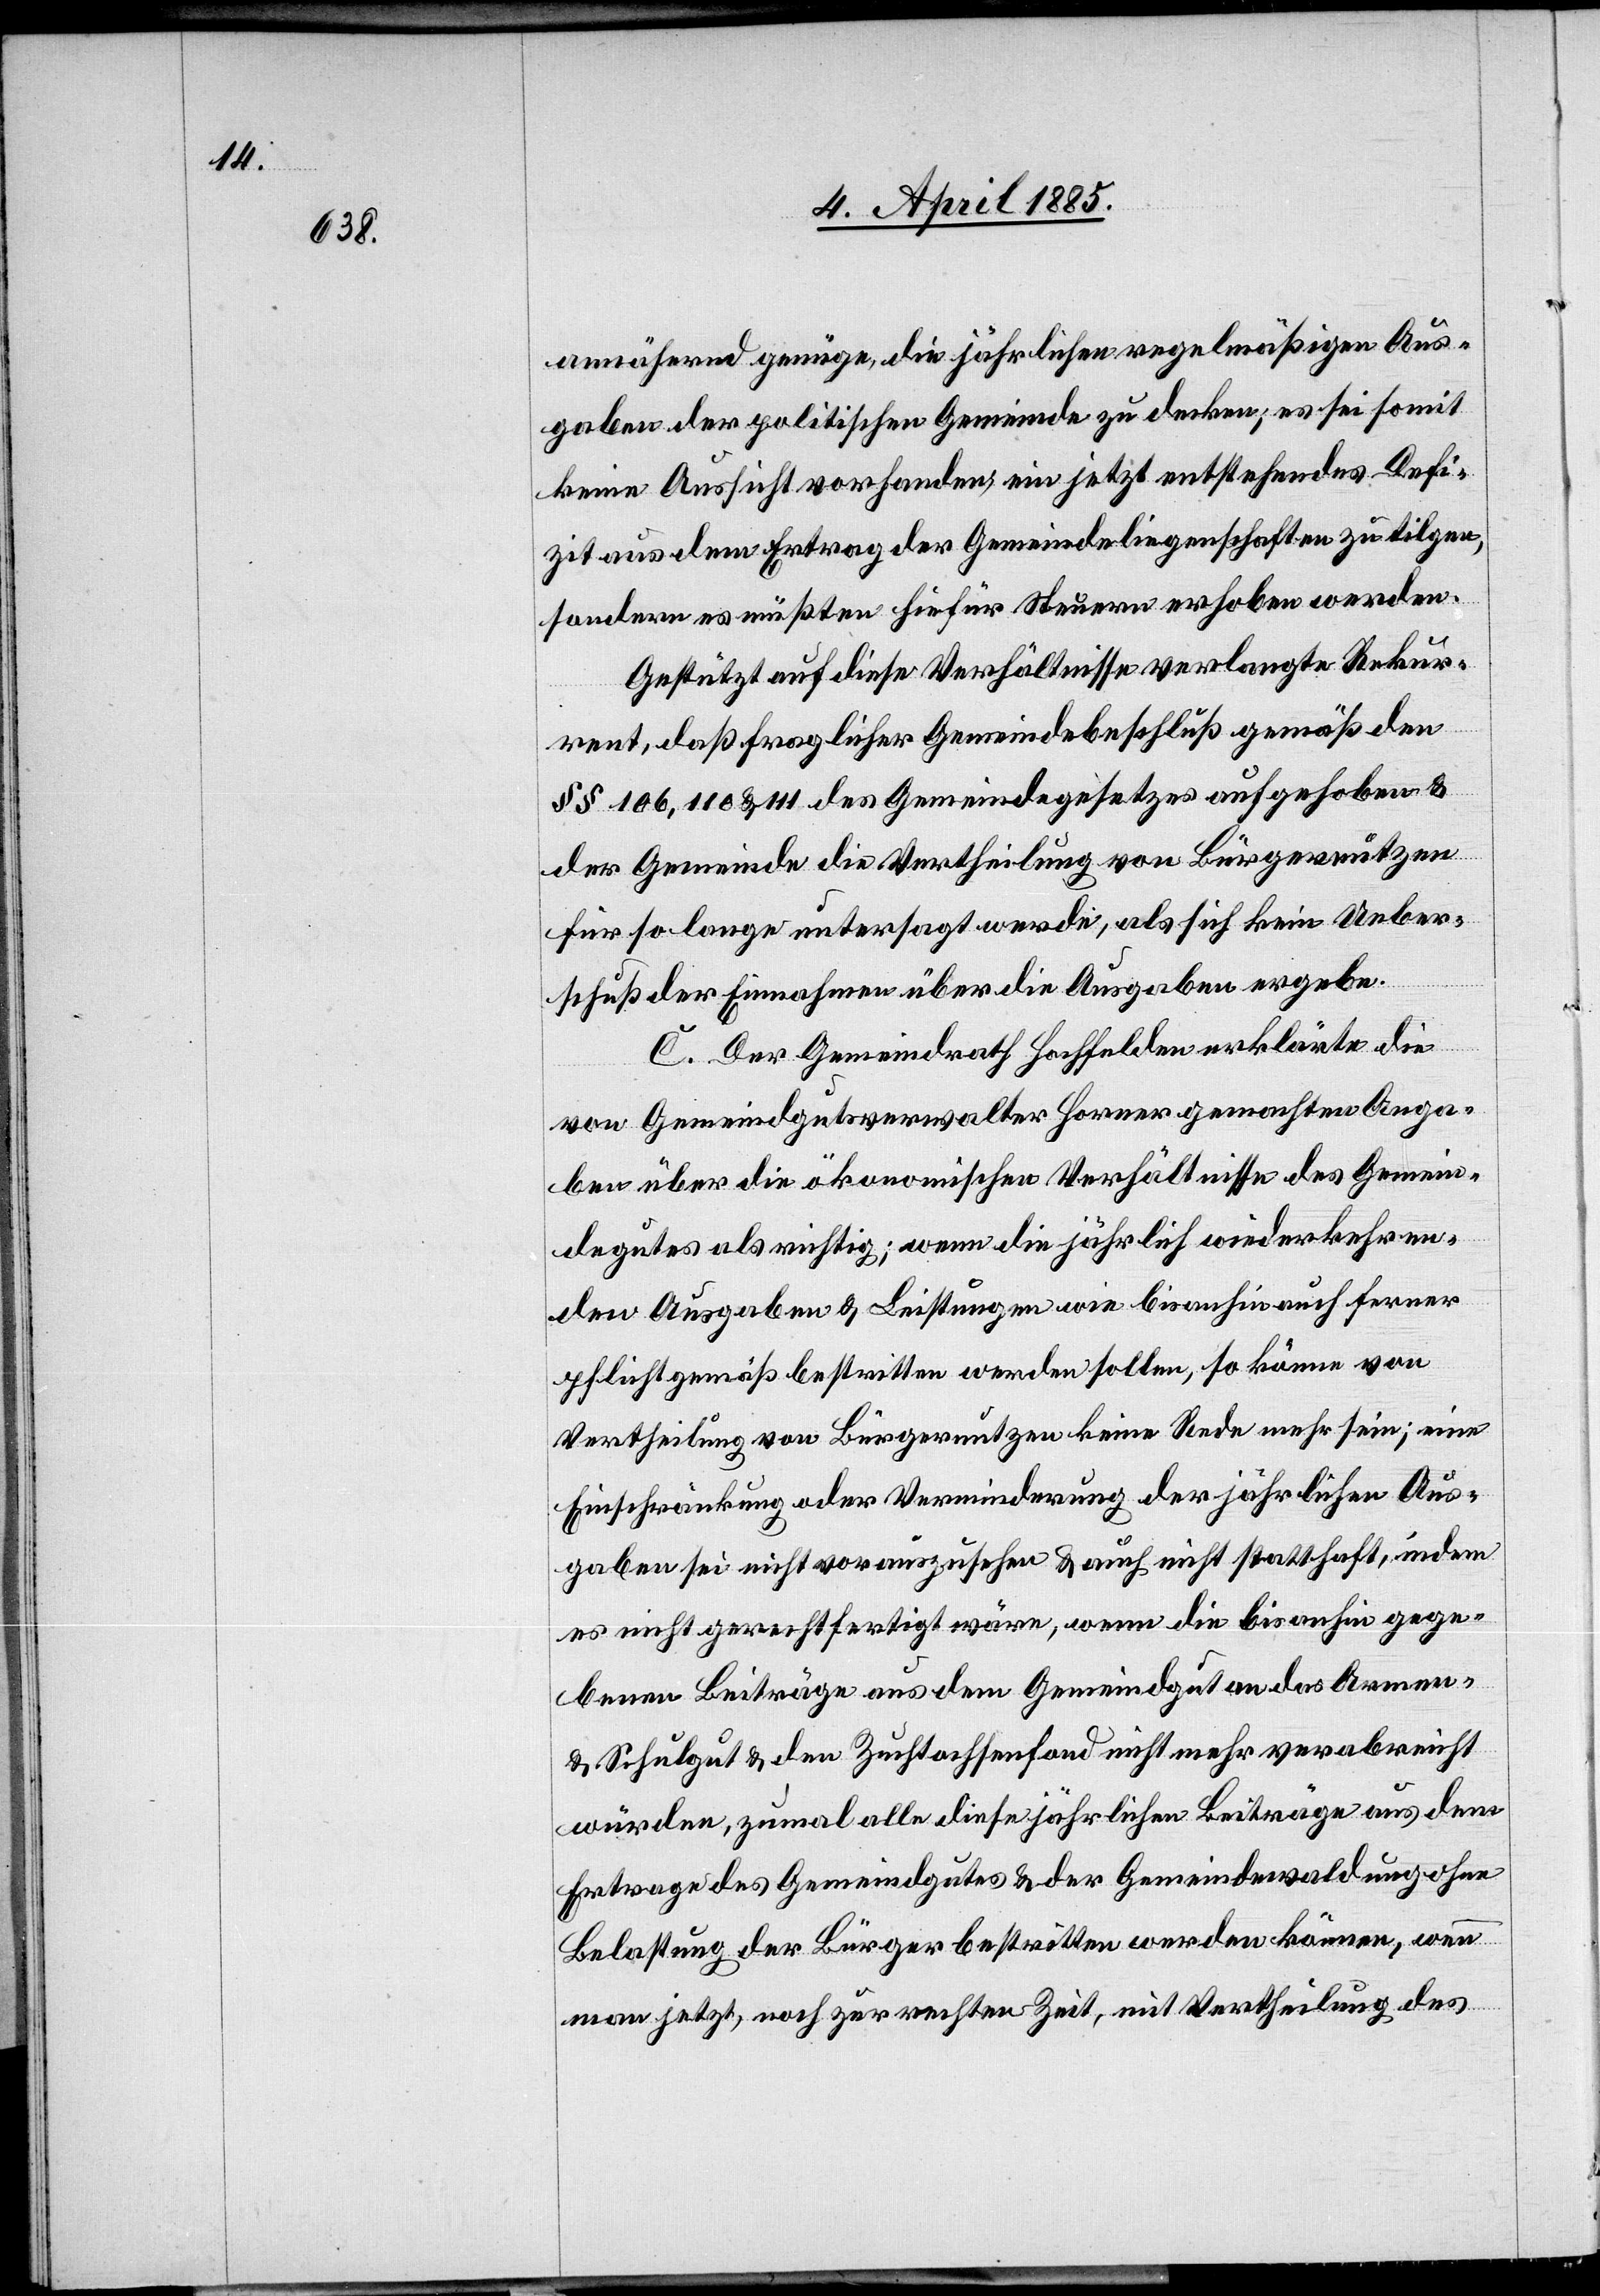
annähernd genüge, die jährlichen regelmäßigen Aus¬
gaben der politischen Gemeinde zu decken, es sei somit
keine Aussicht vorhanden, ein jetzt entstehendes Defi¬
zit aus dem Ertrag der Gemeindeliegenschaften zu tilgen,
sondern es müßten hiefür Steuern erhoben werden.
Gestützt auf diese Verhältnisse verlangte Rekur¬
rent, daß fraglicher Gemeindebeschluß gemäß den
§§ 106, 110 & 111 des Gemeindegesetzes aufgehoben &
der Gemeinde die Vertheilung von Bürgernutzen
für so lange untersagt werde, als sich kein Ueber¬
schuß der Einnahmen über die Ausgaben ergebe.
C. Der Gemeinderath Hochfelden erklärte die
von Gemeindgutsverwalter Horner gemachten Anga¬
ben über die ökonomischen Verhältnisse des Gemein¬
degutes als richtig; wenn die jährlich wiederkehren¬
den Ausgaben & Leistungen wie bis anhin auch ferner
pflichtgemäß bestritten werden sollen, so könne von
Vertheilung von Bürgernutzen keine Rede mehr sein; eine
Einschränkung oder Verminderung der jährlichen Aus¬
gaben sei nicht vorauszusehen & auch nicht statthaft, indem
es nicht gerechtfertigt wäre, wenn die bis anhin gege¬
benen Beiträge aus dem Gemeindegut an das Armen-
& Schulgut & den Zuchtochsenfond nicht mehr verabreicht
würden, zumal alle diese jährlichen Beiträge aus dem
Ertrage des Gemeindgutes & der Gemeindewaldungen ohne
Belastung der Bürger bestritten werden können, wenn
man jetzt, noch zur rechten Zeit, mit Vertheilung des